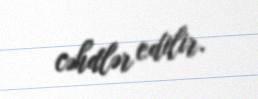
cəhdlər edilir.